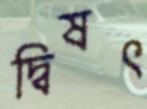
দ্বিষৎ